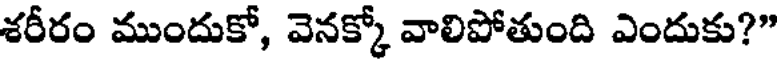
శరీరం ముందుకో, వెనక్కో వాలిపోతుంది ఎందుకు?"